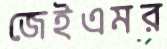
জেইএমর